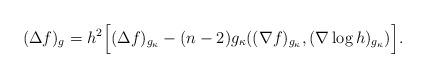
LaTeX: \begin{align*} (\Delta f)_g=h^2\Big[(\Delta f)_{g_\kappa}-(n-2)g_\kappa((\nabla f)_{g_\kappa},(\nabla\log h)_{g_\kappa})\Big]. \end{align*}